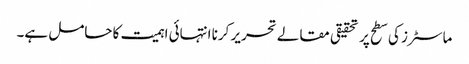
ماسٹرز کی سطح پر تحقیقی مقالے تحریر کرنا انتہائی اہمیت کا حامل ہے۔